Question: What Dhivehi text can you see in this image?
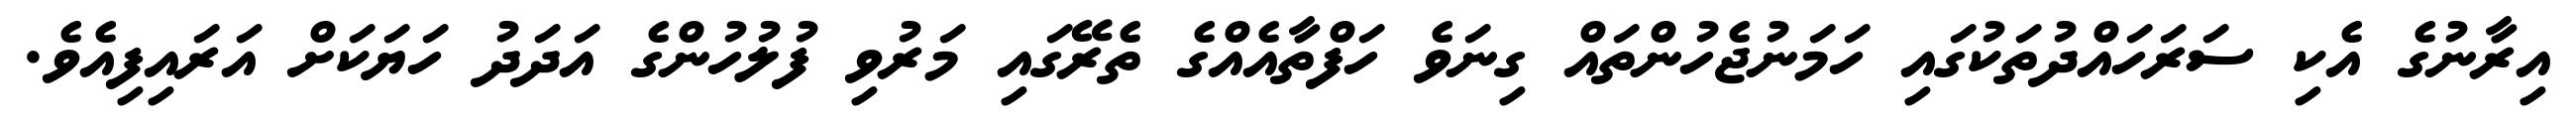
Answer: އިރާނުގެ އެކި ސަރަހައްދުތަކުގައި ހަމަނުޖެހުންތައް ގިނަވެ ހަފްތާއެއްގެ ތެރޭގައި މަރުވި ފުލުހުންގެ އަދަދު ހަޔަކަށް އަރައިފިއެވެ.